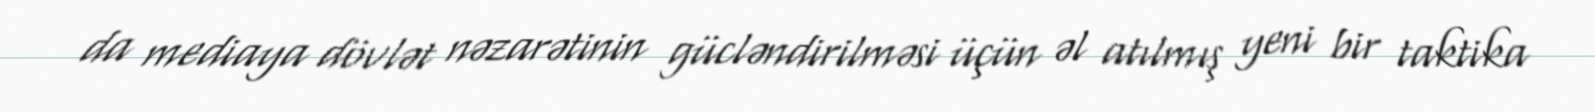
da mediaya dövlət nəzarətinin gücləndirilməsi üçün əl atılmış yeni bir taktika